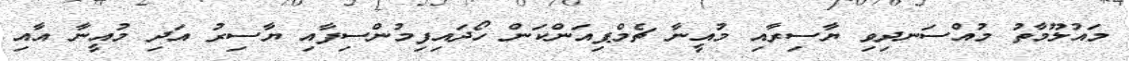
މައުލޫމާތު މުއްސަނދިވި ޔާސިރާއި މުއީނާ ޗެމްޕިއަންކަން ހޯދައިފިމުންސިފާއި ޔާސިރު އަދި މުއީނާ އާއި